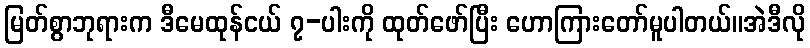
မြတ်စွာဘုရားက ဒီမေထုန်ငယ် ၇-ပါးကို ထုတ်ဖော်ပြီး ဟောကြားတော်မူပါတယ်။အဲဒီလို